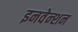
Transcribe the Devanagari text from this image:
इनवेन्शन